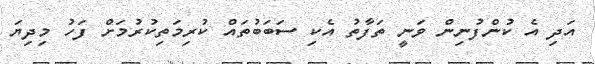
އަދި އެ ކުންފުނިން ވަނީ ތަފާތު އެކި ސަބަބުތައް ކުރިމަތިކުރުމަށް ފަހު މިދިޔަ